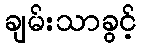
ချမ်းသာခွင့်